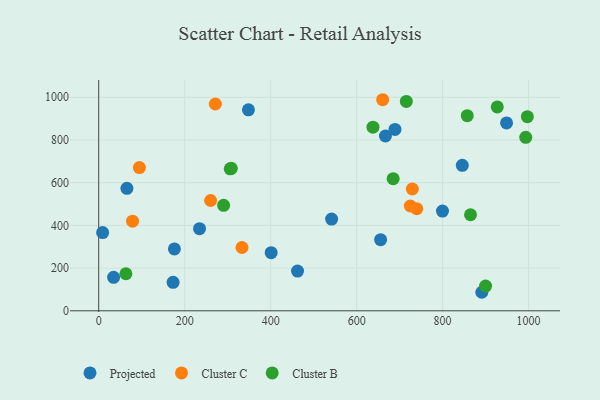
{"axis": {"x": "Study Hours", "y": "Salary"}, "legend": ["Cluster B", "Cluster C", "Projected"], "data": [{"x": "667.0", "y": 818.6, "type": "Projected"}, {"x": "65.6", "y": 573.7, "type": "Projected"}, {"x": "348.3", "y": 941.3, "type": "Projected"}, {"x": "9.1", "y": 366.6, "type": "Projected"}, {"x": "234.5", "y": 384.5, "type": "Projected"}, {"x": "173.0", "y": 133.6, "type": "Projected"}, {"x": "462.5", "y": 186.0, "type": "Projected"}, {"x": "655.8", "y": 333.0, "type": "Projected"}, {"x": "689.2", "y": 849.7, "type": "Projected"}, {"x": "541.8", "y": 429.6, "type": "Projected"}, {"x": "845.8", "y": 681.5, "type": "Projected"}, {"x": "948.8", "y": 879.8, "type": "Projected"}, {"x": "799.7", "y": 467.0, "type": "Projected"}, {"x": "891.2", "y": 86.8, "type": "Projected"}, {"x": "176.1", "y": 290.0, "type": "Projected"}, {"x": "401.2", "y": 272.3, "type": "Projected"}, {"x": "34.6", "y": 156.9, "type": "Projected"}, {"x": "333.3", "y": 296.5, "type": "Cluster C"}, {"x": "729.6", "y": 570.4, "type": "Cluster C"}, {"x": "660.6", "y": 988.6, "type": "Cluster C"}, {"x": "271.3", "y": 968.5, "type": "Cluster C"}, {"x": "78.7", "y": 420.0, "type": "Cluster C"}, {"x": "260.3", "y": 516.6, "type": "Cluster C"}, {"x": "94.7", "y": 670.9, "type": "Cluster C"}, {"x": "739.8", "y": 478.3, "type": "Cluster C"}, {"x": "724.9", "y": 490.8, "type": "Cluster C"}, {"x": "63.2", "y": 173.5, "type": "Cluster B"}, {"x": "308.4", "y": 667.5, "type": "Cluster B"}, {"x": "290.5", "y": 493.8, "type": "Cluster B"}, {"x": "715.6", "y": 980.5, "type": "Cluster B"}, {"x": "997.2", "y": 909.3, "type": "Cluster B"}, {"x": "305.9", "y": 665.0, "type": "Cluster B"}, {"x": "993.4", "y": 812.3, "type": "Cluster B"}, {"x": "638.0", "y": 860.1, "type": "Cluster B"}, {"x": "685.0", "y": 619.0, "type": "Cluster B"}, {"x": "857.3", "y": 913.8, "type": "Cluster B"}, {"x": "927.2", "y": 955.0, "type": "Cluster B"}, {"x": "864.9", "y": 450.0, "type": "Cluster B"}, {"x": "900.0", "y": 116.0, "type": "Cluster B"}]}